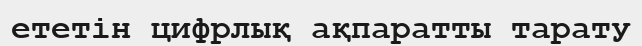
ететін цифрлық ақпаратты тарату